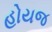
હોયજ